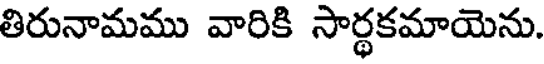
తిరునామము వారికి సార్థకమాయెను.